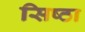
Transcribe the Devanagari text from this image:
सिष्ठा